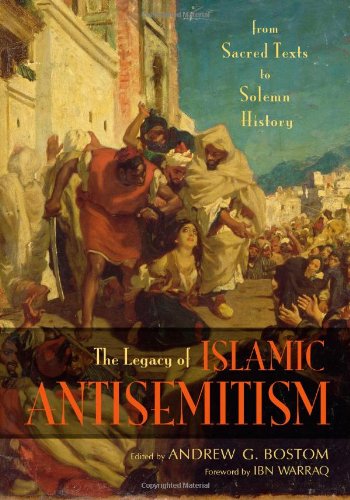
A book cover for The Legacy of Islamic Antisemitism: From Sacred Texts to Solemn History; Religion & Spirituality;